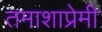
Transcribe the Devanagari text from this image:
तमाशाप्रेमी